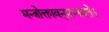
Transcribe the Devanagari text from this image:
मन्त्रोक्तावनुमन्त्रयते।